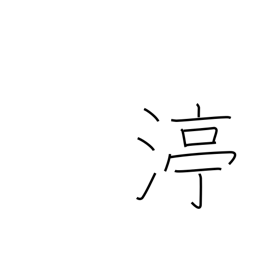
Meaning: stop